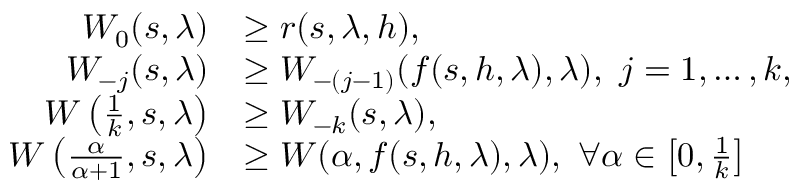
\begin{array} { r l } { W _ { 0 } ( s , \lambda ) } & { \geq r ( s , \lambda , h ) , } \\ { W _ { - j } ( s , \lambda ) } & { \geq W _ { - ( j - 1 ) } ( f ( s , h , \lambda ) , \lambda ) , \ j = 1 , \ldots , k , } \\ { W \left( \frac { 1 } { k } , s , \lambda \right) } & { \geq W _ { - k } ( s , \lambda ) , } \\ { W \left( \frac { \alpha } { \alpha + 1 } , s , \lambda \right) } & { \geq W ( \alpha , f ( s , h , \lambda ) , \lambda ) , \ \forall \alpha \in \left[ 0 , \frac { 1 } { k } \right] } \end{array}